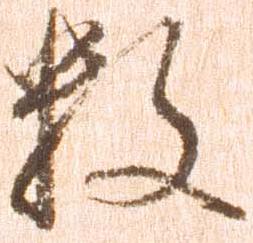
数